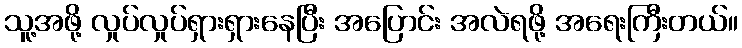
သူ့အဖို့ လှုပ်လှုပ်ရှားရှားနေပြီး အပြောင်း အလဲရဖို့ အရေးကြီးတယ်။